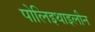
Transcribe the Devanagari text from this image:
पोलिइथाइलीन